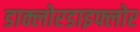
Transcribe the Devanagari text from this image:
डाक्लोरडाइफ्लोर